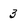
Character: 3